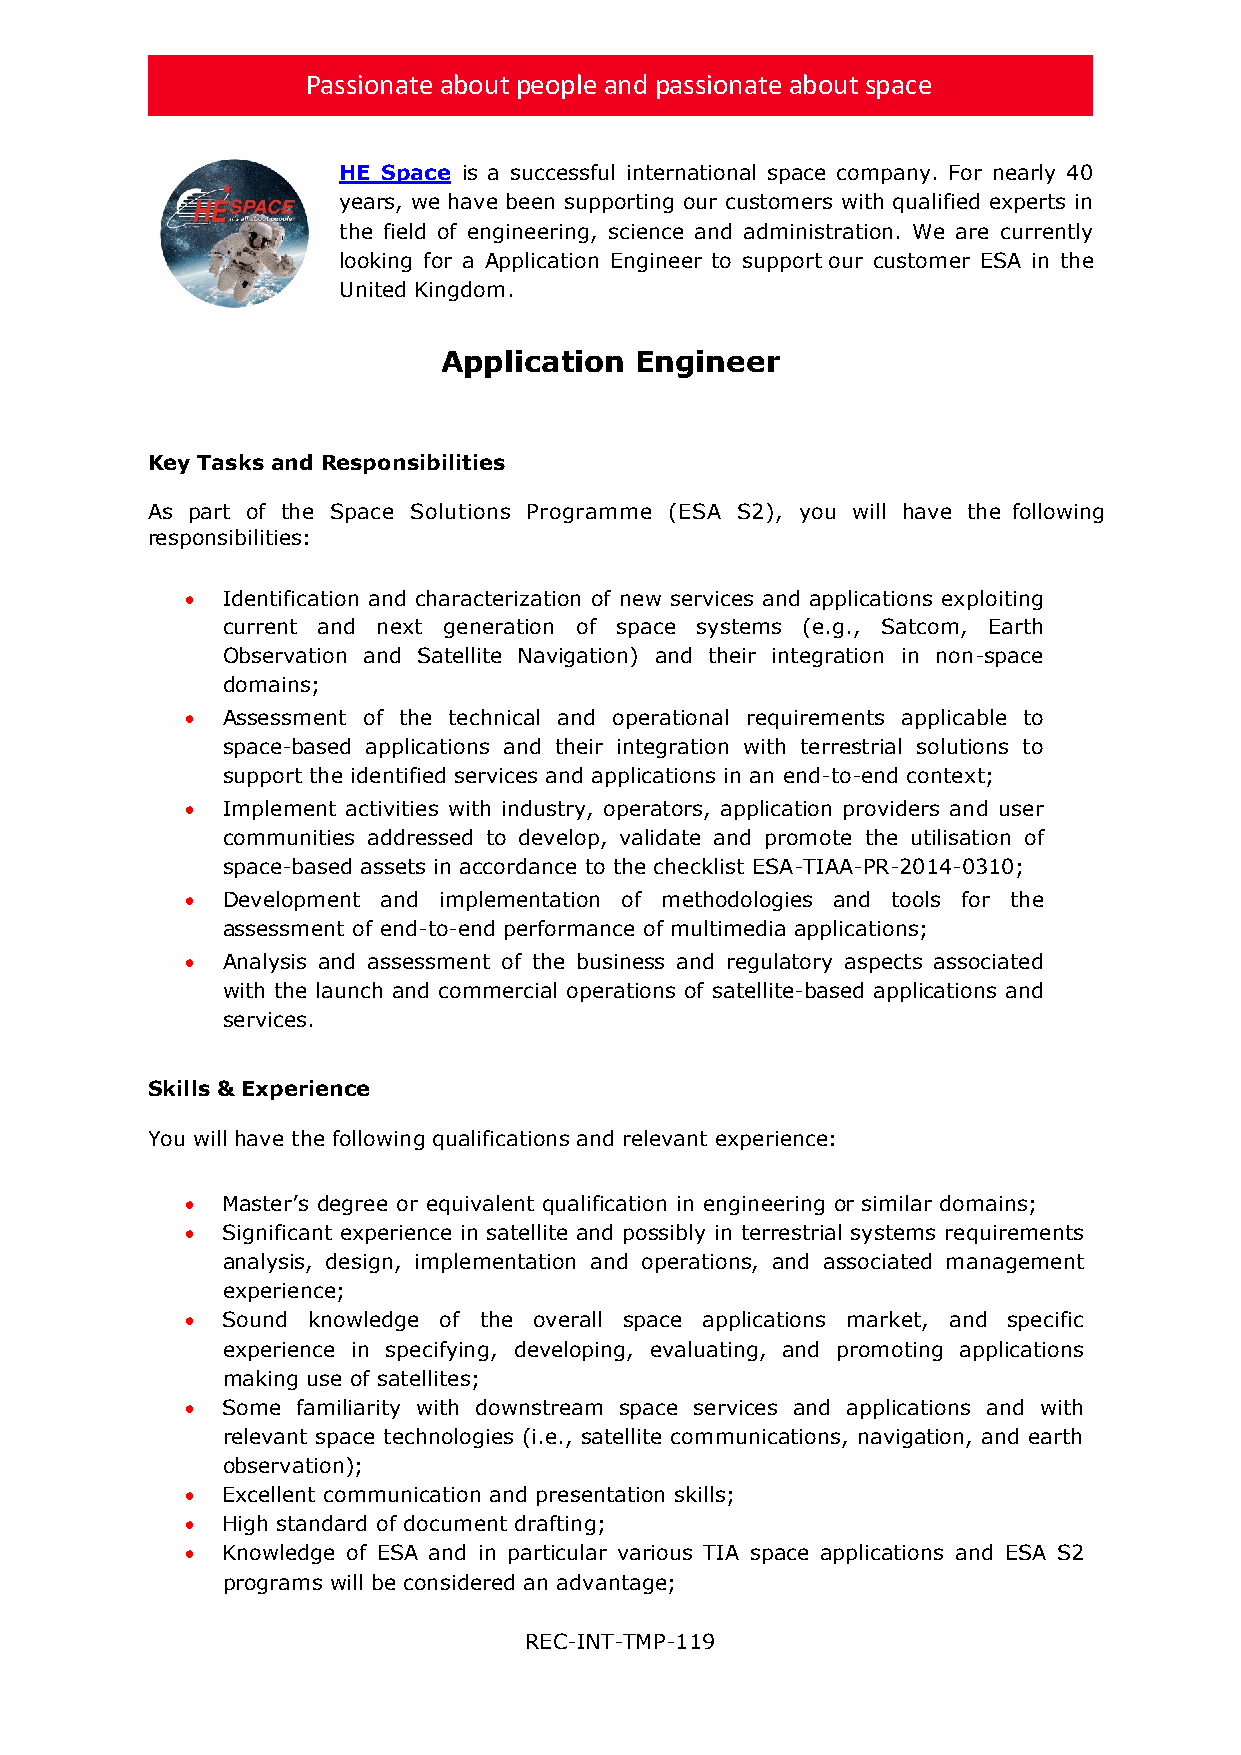
Passionate about people and passionate about space
 HE Space is a successful international space company. For nearly 40
 years, we have been supporting our customers with qualified experts in
 the field of engineering, science and administration. We are currently
 looking for a Application Engineer to support our customer ESA in the
 United Kingdom.
 Application  Engineer
 Key Tasks and Responsibilities
 As part of the Space Solutions Programme (ESA S2), you will have the following
 responsibilities:
 •  Identification and characterization of new services and applications exploiting
 current and next generation of space systems (e.g., Satcom, Earth
 Observation and Satellite Navigation) and their integration in non-space
 domains;
 •  Assessment of the technical and operational requirements applicable to
 space-based applications and their integration with terrestrial solutions to
 support the identified services and applications in an end-to-end context;
 •  Implement activities with industry, operators, application providers and user
 communities addressed to develop, validate and promote the utilisation of
 space-based assets in accordance to the checklist ESA-TIAA-PR-2014-0310;
 •  Development and implementation of methodologies and tools for the
 assessment of end-to-end performance of multimedia applications;
 •  Analysis and assessment of the business and regulatory aspects associated
 with the launch and commercial operations of satellite-based applications and
 services.
 Skills & Experience
 You will have the following qualifications and relevant experience:
 •  Master’s degree or equivalent qualification in engineering or similar domains;
 •  Significant experience in satellite and possibly in terrestrial systems requirements
 analysis, design, implementation and operations, and associated management
 experience;
 •  Sound knowledge of the overall space applications market, and specific
 experience in specifying, developing, evaluating, and promoting applications
 making use of satellites;
 •  Some familiarity with downstream space services and applications and with
 relevant space technologies (i.e., satellite communications, navigation, and earth
 observation);
 •  Excellent communication and presentation skills;
 •  High standard of document drafting;
 •  Knowledge of ESA and in particular various TIA space applications and ESA S2
 programs will be considered an advantage;
 REC-INT-TMP-119